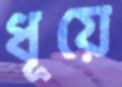
ধূয়ে